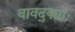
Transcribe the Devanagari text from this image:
वावद्क्याः